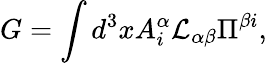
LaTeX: G=\int d^{3}xA_{i}^{\alpha}{\cal L}_{\alpha\beta}\Pi^{\beta i},